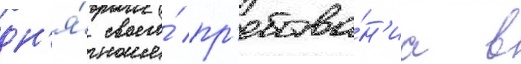
дн'я́ своего́ пр'ебыва́н'иа в